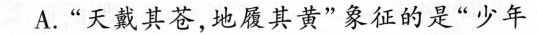
A.”天戴其苍，地履其黄”象征的是”少年